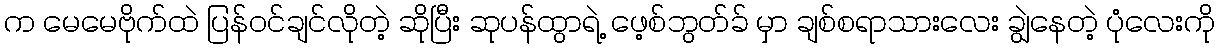
က မေမေဗိုက်ထဲ ပြန်ဝင်ချင်လိုတဲ့ ဆိုပြီး ဆုပန်ထွာရဲ့ ဖေ့စ်ဘွတ်ခ် မှာ ချစ်စရာသားလေး ချွဲနေတဲ့ ပုံလေးကို